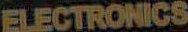
ELECTRONICS